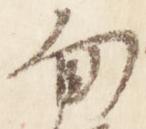
旬